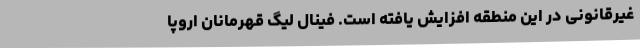
غیرقانونی در این منطقه افزایش یافته است. فینال لیگ قهرمانان اروپا